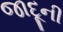
જાદૂની